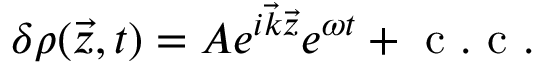
\delta \rho ( \vec { z } , t ) = A e ^ { i \vec { k } \vec { z } } e ^ { \omega t } + \mathrm { ~ c ~ . ~ c ~ . ~ }